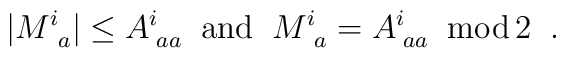
|M^i_{~a}| \leq A^i_{\;aa} \;\; {\rm and} \;\; M^i_{~a} = A^i_{\;aa} \;\; {\rm mod} \, 2 \;\; .